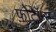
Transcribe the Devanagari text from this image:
फ़ोटॉन्स